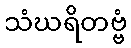
သံဃရိတဗ္ဗံ